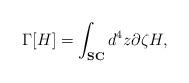
\begin{align*}\Gamma[H]=\int_{\bf SC} d^{4}z \partial\zeta H,\end{align*}